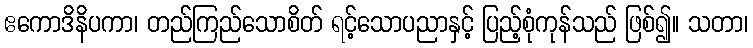
ဧကောဒိနိပကာ၊ တည်ကြည်သောစိတ် ရင့်သောပညာနှင့် ပြည့်စုံကုန်သည် ဖြစ်၍။ သတာ၊